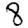
Digit: 8